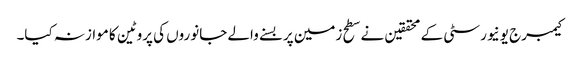
کیمبرج یونیورسٹی کے محققین نے سطح زمین پر بسنے والے جانوروں کی پروٹین کا موازنہ کیا۔